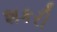
શકરી